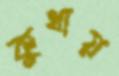
কুথায়